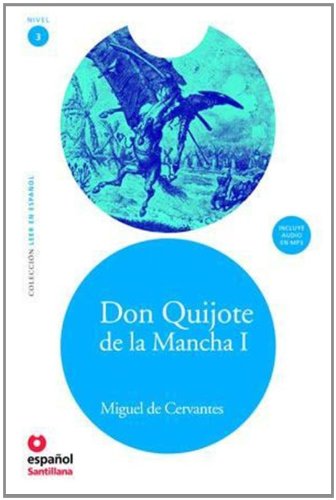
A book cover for Don Quijote de la Mancha I + CD (Leer En Espanol: Nivel 3 / Read in Spanish: Level 3) (Spanish Edition); Miguel de Cervantes; Teen & Young Adult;